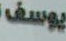
يوسف